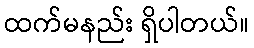
ထက်မနည်း ရှိပါတယ်။